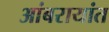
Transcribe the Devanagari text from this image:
आंबरायांत